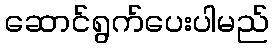
ဆောင်ရွက်ပေးပါမည်